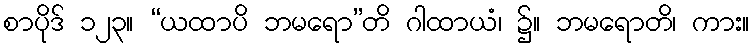
စာပိုဒ် ၁၂၃။ “ယထာပိ ဘမရော”တိ ဂါထာယံ၊ ၌။ ဘမရောတိ၊ ကား။